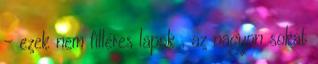
- ezek nem filléres lapok , az nagyon sokat